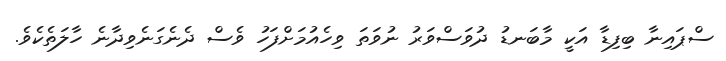
ސްޕައިނާ ބިފިޑާ އަކީ މާބަނޑު ދުވަސްވަރު ނުވަތަ ވިހެއުމަށްފަހު ވެސް ދެނެގަނެވިދާނެ ހާލަތެކެވެ.